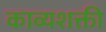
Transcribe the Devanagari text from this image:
काव्यशक्ती